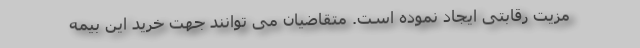
مزیت رقابتی ایجاد نموده است. متقاضیان می توانند جهت خرید این بیمه